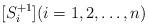
LaTeX: \begin{align*}[S^{+1}_i](i=1,2,\ldots,n)\end{align*}